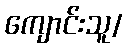
ကျောင်းသူ/